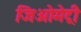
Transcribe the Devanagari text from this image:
जिअोमेट्री